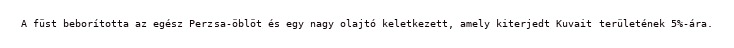
A füst beborította az egész Perzsa-öblöt és egy nagy olajtó keletkezett, amely kiterjedt Kuvait területének 5%-ára.